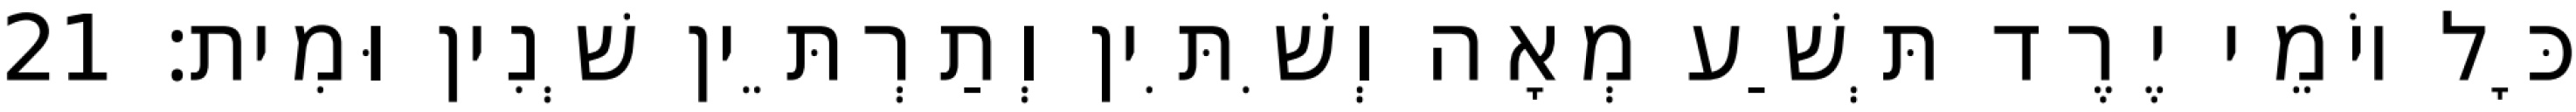
כָּל יוֹמֵי יֶרֶד תְּשַׁע מְאָה וְשִׁתִּין וְתַרְתֵּין שְׁנִין וּמִית׃ 21